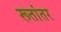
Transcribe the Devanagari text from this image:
रूतांतर